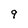
Character: 9